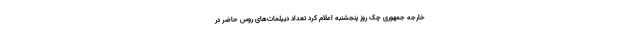
خارجه جمهوری چک روز پنجشنبه اعلام کرد تعداد دیپلمات‌های روس حاضر در